Annual report of lunatic asylums [Bombay] - 1912-1922
Year: 1912
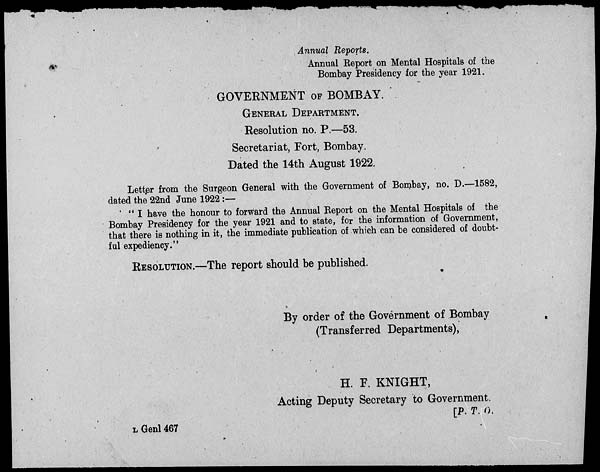
Annual Reports.
Annual Report on Mental Hospitals of the
Bombay Presidency for the year 1921.
GOVERNMENT OF BOMBAY.
GENERAL DEPARTMENT.
Resolution no. P.—53.
Secretariat, Fort, Bombay.
Dated the 14th August 1922.
Letter from the Surgeon General with the Government of Bombay, no. D.—1582,
dated the 22nd June 1922 :—
" I have the honour to forward the Annual Report on the Mental Hospitals of the
Bombay Presidency for the year 1921 and to state, for the information of Government,
that there is nothing in it, the immediate publication of which can be considered of doubt-
ful expediency."
RESOLUTION.—The report should be published.
By order of the Government of Bombay
(Transferred Departments),
H. F. KNIGHT,
Acting Deputy Secretary to Government.
[P. T. O.
L Genl 467